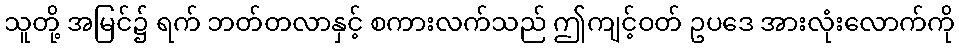
သူတို့ အမြင်၌ ရက် ဘတ်တလာနှင့် စကားလက်သည် ဤကျင့်ဝတ် ဥပဒေ အားလုံးလောက်ကို